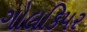
ગોલકિપર